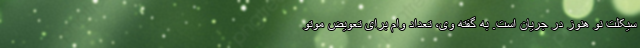
سیکلت نو هنوز در جریان است. به گفته وی، تعداد وام برای تعویض موتو